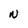
Character: N